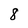
Character: 8